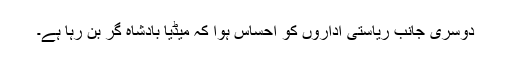
دوسری جانب ریاستی اداروں کو احساس ہوا کہ میڈیا بادشاہ گر بن رہا ہے۔